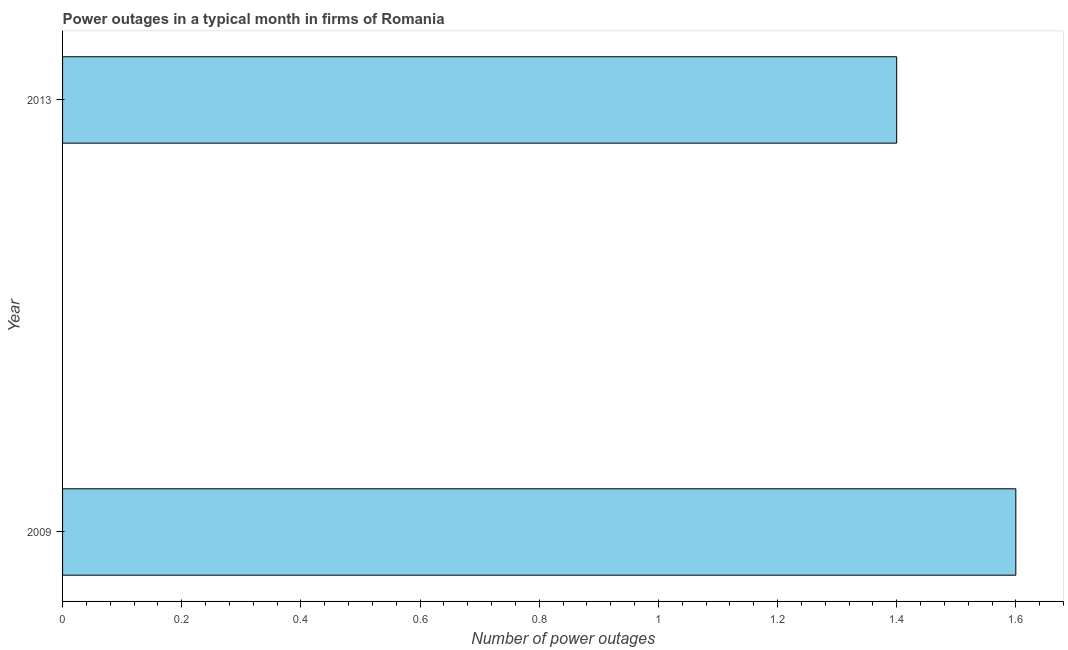
| Year | Power outages |
 | --- | --- |
 | 2009 | 1.6 |
 | 2013 | 1.4 |